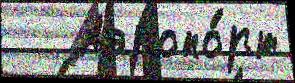
   Аэропо́рт